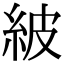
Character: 紴